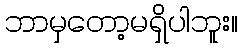
ဘာမှတော့မရှိပါဘူး။